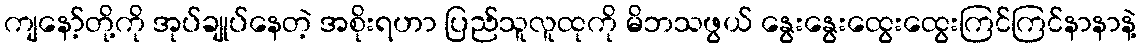
ကျနော့်တို့ကို အုပ်ချုပ်နေတဲ့ အစိုးရဟာ ပြည်သူလူထုကို မိဘသဖွယ် နွေးနွေးထွေးထွေးကြင်ကြင်နာနာနဲ့